Destruction of fleas by exposure to the sun - Number 40
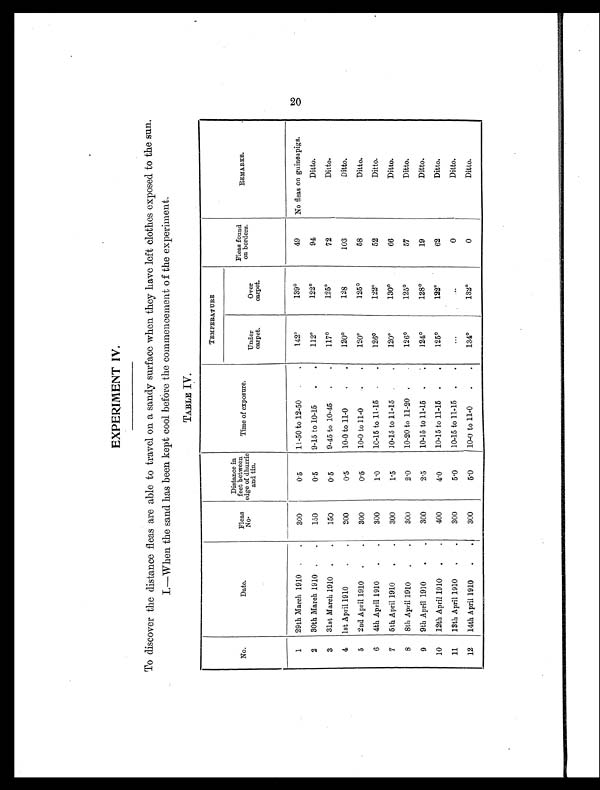
EXPERIMENT IV.
To discover the distance fleas are able to travel on a sandy surface when they have left clothes exposed to the sun.
I.—When the sand has been kept cool before the commencement of the experiment.
TABLE IV.
No.
Date.
Fleas
No.
Distance in
feet between
edge of dhurrie
and tin.
Time of exposure.
TEMPERATURE
Fleas found
on borders.
REMARKS.
Under
carpet.
Over
carpet.
1
29th March 1910 .
.
300
0 . 5
11-50 to 12-50
. .
142°139°49
No fleas on guineapigs.
2
30th March 1910 .
.
150
0.5
9-15 to 10-15
.
.
112°122°94
Ditto.
3
31st March 1910 .
.
150
0.5
9-45 to 10-45
.
.
117°1 25°72
Ditto.
4
1st April 1910
.
.
300
0 . 5
10-0 to 11-0
.
.
120°128
103
Ditto.
5
2nd April 1910
.
.
300
0.5
10-0 to 11-0
.
.
120°125°58
Ditto.
6
4th April 1910
.
.
300
1 . 0
10-15 to 11-15
.
.
126°122°52
Ditto.
7
5th April 1910
.
.
300
1 . 5
10-15 to 11-15 .
.
120°130°66
Ditto.
8
8th April 1910
.
.
300
2.0
10-20 to 11-20 .
.
126°125°57
Ditto.
9
9th April 1910
.
.
300
2 . 5
10-15 to 11-15
.
.
124°128°19
Ditto.
10
12th April 1910
.
.
400
4 . 0
10-15 to 11-15
.
.
125°122°62
Ditto.
11
13th April 1910
.
.
300
5 . 0
10-15 to 11.15
.
.
. . .
. . .
0
Ditto.
12
14th April 1910
.
.
300
5 . 0
10-0 to 11-0
.
.
134°132°0
Ditto.
20